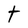
Character: t